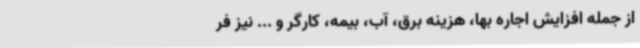
از جمله افزایش اجاره بها، هزینه برق، آب، بیمه، کارگر و ... نیز فر